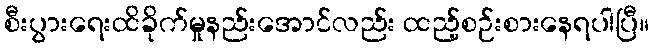
စီးပွားရေးထိခိုက်မှုနည်းအောင်လည်း ထည့်စဉ်းစားနေရပါပြီ။